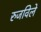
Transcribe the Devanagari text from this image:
रुजविले